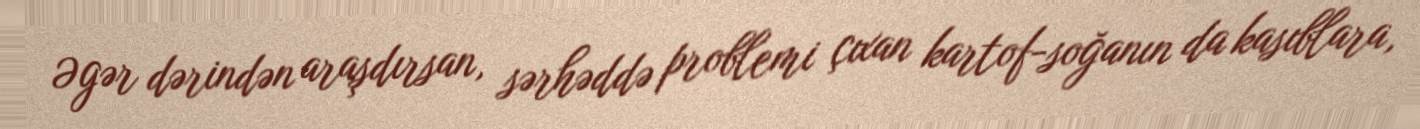
Əgər dərindən araşdırsan, sərhəddə problemi çıxan kartof-soğanın da kasıblara,